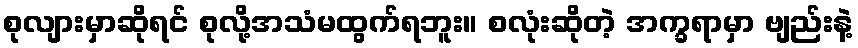
စုလျားမှာဆိုရင် စုလို့အသံမထွက်ရဘူး။ စလုံးဆိုတဲ့ အက္ခရာမှာ ဗျည်းနဲ့